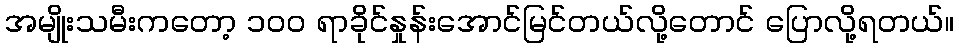
အမျိုးသမီးကတော့ ၁၀၀ ရာခိုင်နှုန်းအောင်မြင်တယ်လို့တောင် ပြောလို့ရတယ်။